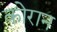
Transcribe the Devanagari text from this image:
कोरान